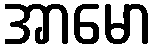
အာမော